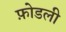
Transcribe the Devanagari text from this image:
फ़ोडली